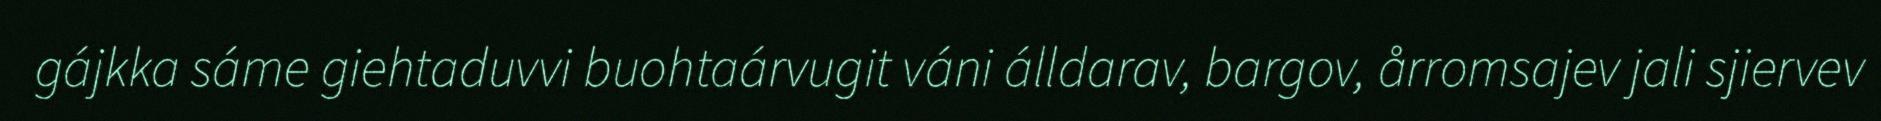
gájkka sáme giehtaduvvi buohtaárvugit váni álldarav, bargov, årromsajev jali sjiervev